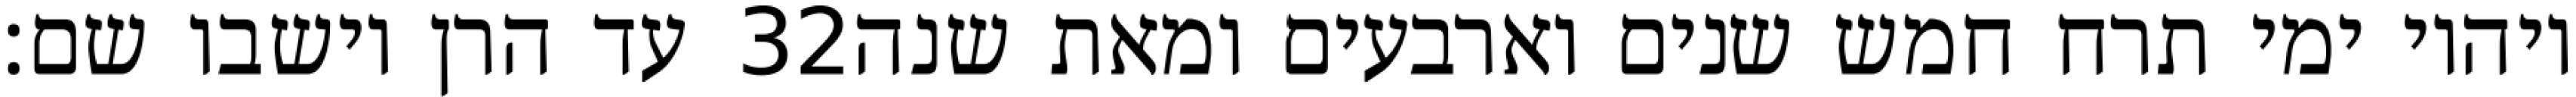
עד הרן וישבו שם׃ ‎32‏ ויהיו ימי תרח חמש שנים וארבעים ומאת שנה